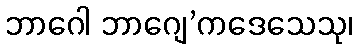
ဘာဂေါ ဘာဂျေ’ကဒေသေသု၊